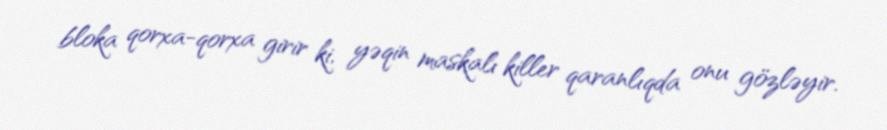
bloka qorxa-qorxa girir ki, yəqin maskalı killer qaranlıqda onu gözləyir.